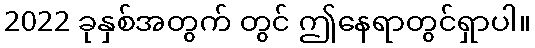
2022 ခုနှစ်အတွက် တွင် ဤနေရာတွင်ရှာပါ။